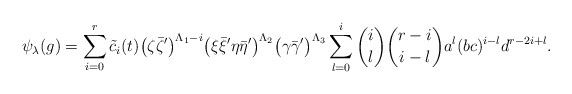
\begin{align*}\psi_\lambda(g)=\sum^r_{i=0}\tilde{c}_i(t)\big(\zeta\bar{\zeta}'\big)^{\Lambda_1-i}\big(\xi\bar{\xi}'\eta\bar{\eta}'\big)^{\Lambda_2}\big(\gamma\bar{\gamma}'\big)^{\Lambda_3}\sum^i_{l=0}{i\choose l}{r-i \choose i-l}a^l(bc)^{i-l}d^{r-2i+l}.\end{align*}